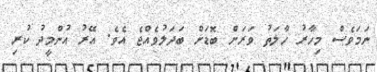
ނަމަވެސް މިހާރު ހާލަތު ވަރަށް ބޮޑަށް ބަދަަލުވެއްޖެ އެވެ. އޭރު އުންމީދު ކުރި